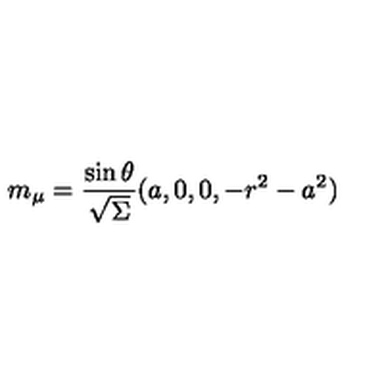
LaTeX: m _ { \mu } = \frac { \sin \theta } { \sqrt { \Sigma } } ( a , 0 , 0 , - r ^ { 2 } - a ^ { 2 } )